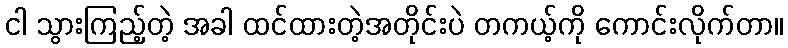
ငါ သွားကြည့်တဲ့ အခါ ထင်ထားတဲ့အတိုင်းပဲ တကယ့်ကို ကောင်းလိုက်တာ။